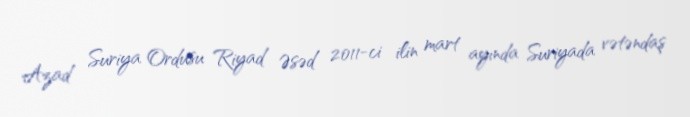
Azad Suriya Ordusu Riyad Əsəd 2011-ci ilin mart ayında Suriyada vətəndaş